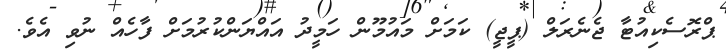
ޕްރޮސެކިއުޓާ ޖެނެރަލް (ޕީޖީ) ކަމަށް މައުމޫން ހަމީދު އައްޔަންކުރުމަށް ފާހެއް ނުވި އެވެ.